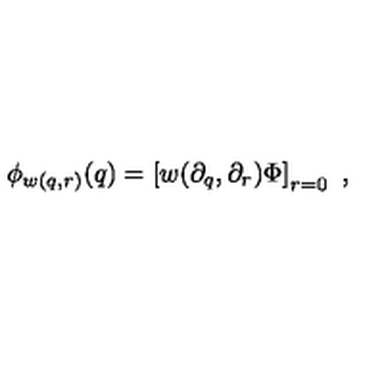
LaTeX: \phi _ { w ( q , r ) } ( q ) = \left[ w ( \partial _ { q } , \partial _ { r } ) \Phi \right] _ { r = 0 } \ ,